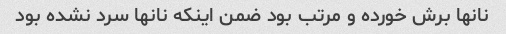
نانها برش خورده و مرتب بود ضمن اینکه نانها سرد نشده بود